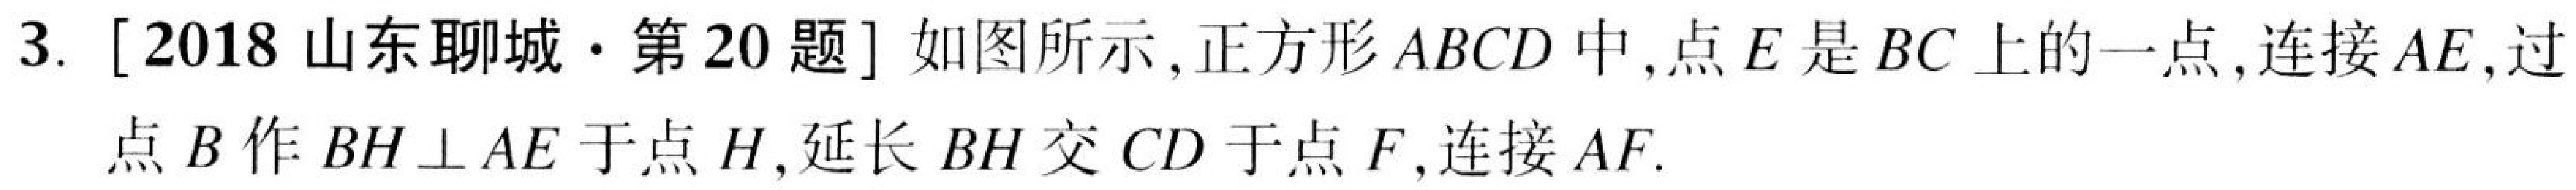
3. [2018山东聊城·第20题]如图所示,正方形 \(ABCD\) 中,点 \(E\) 是 \(BC\) 上的一点,连接 \(AE\),过
点 \(B\) 作 \(BH\perp AE\) 于点 \(H\),延长 \(BH\) 交 \(CD\) 于点 \(F\),连接 \(AF\).